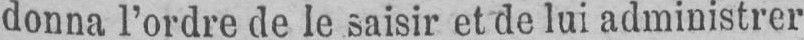
donna l’ordre de le saisir et de lui administrer